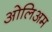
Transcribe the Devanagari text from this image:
ओलिअम